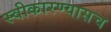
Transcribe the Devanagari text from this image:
स्वीकारण्यासच